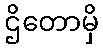
ဌိတောမှိ